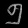
Digit: ၅